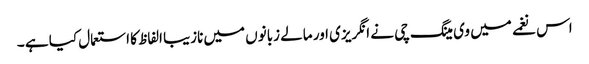
اس نغمے میں وی مینگ چی نے انگریزی اور مالے زبانوں میں نازیبا الفاظ کا استعمال کیا ہے ۔